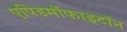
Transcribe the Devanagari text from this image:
एपिडर्मोफाइटॉन